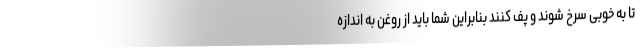
تا به خوبی سرخ شوند و پف کنند بنابراین شما باید از روغن به اندازه